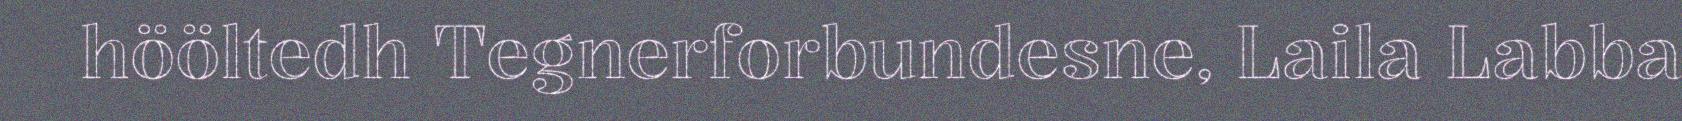
hööltedh Tegnerforbundesne, Laila Labba